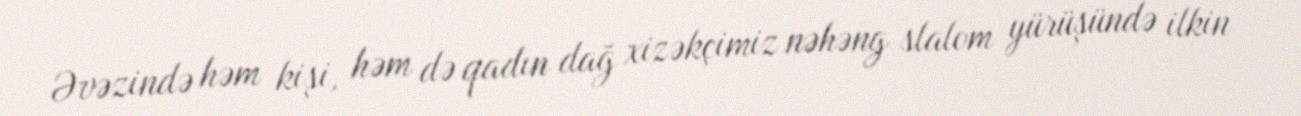
Əvəzində həm kişi, həm də qadın dağ xizəkçimiz nəhəng slalom yürüşündə ilkin